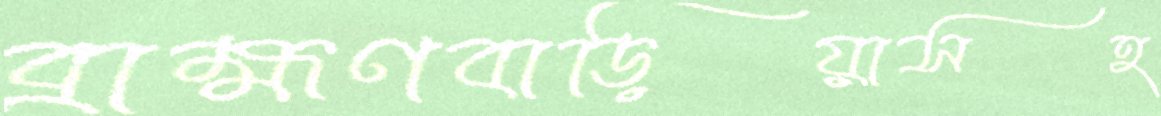
ব্রাহ্মণবাড়িয়াসহ